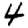
Digit: 4